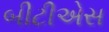
બીટીએસ